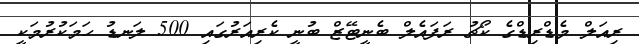
ރިއަލް މެޑްރިޑްގެ ކޯޗު ރަފައެލް ބެނީޓޭޒް ބުނީ ކެރިއަރުގައި 500 ލަނޑު ހަމަކުރުމަކީ